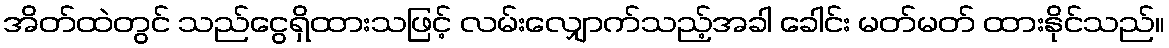
အိတ်ထဲတွင် သည်ငွေရှိထားသဖြင့် လမ်းလျှောက်သည့်အခါ ခေါင်း မတ်မတ် ထားနိုင်သည်။